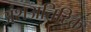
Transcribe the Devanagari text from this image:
अंशअतिरिक्त